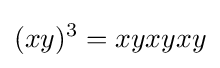
(xy)^{3}=xyxyxy